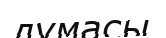
думасы